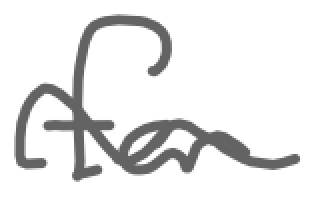
Text: for
Cross-out: wave
Writing tool: digital_gray